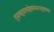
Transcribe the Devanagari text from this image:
गुरुत्वद्रवत्वस्नेहसंस्कारादृष्टशब्दा